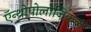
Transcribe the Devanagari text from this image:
ऍन्थ्रोपोलोजिकल